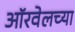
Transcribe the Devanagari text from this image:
ऑरवेलच्या